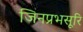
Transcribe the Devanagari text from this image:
जिनप्रभसूरि